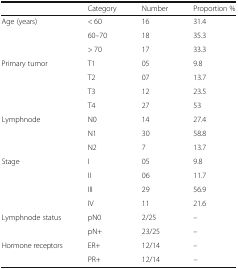
|  | Category | Number | Proportion % |
 | --- | --- | --- | --- |
 | <ROWSPAN=3> Age (years) | < 60 | 16 | 31.4 |
 | 60–70 | 18 | 35.3 |
 | > 70 | 17 | 33.3 |
 | <ROWSPAN=4> Primary tumor | T1 | 05 | 9.8 |
 | T2 | 07 | 13.7 |
 | T3 | 12 | 23.5 |
 | T4 | 27 | 53 |
 | <ROWSPAN=3> Lymphnode | N0 | 14 | 27.4 |
 | N1 | 30 | 58.8 |
 | N2 | 7 | 13.7 |
 | <ROWSPAN=4> Stage | I | 05 | 9.8 |
 | II | 06 | 11.7 |
 | III | 29 | 56.9 |
 | IV | 11 | 21.6 |
 | <ROWSPAN=2> Lymphnode status | pN0 | 2/25 | – |
 | pN+ | 23/25 | – |
 | <ROWSPAN=2> Hormone receptors | ER+ | 12/14 | – |
 | PR+ | 12/14 | – |